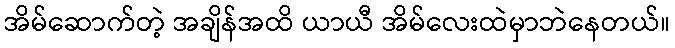
အိမ်ဆောက်တဲ့ အချိန်အထိ ယာယီ အိမ်လေးထဲမှာဘဲနေတယ်။